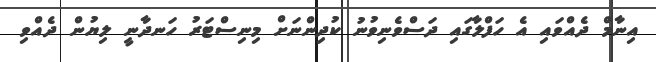
އިނާމް ދެއްވައި އެ ހަފްލާގައި ދަސްވެނިވުނު ކުދިންނަށް މިނިސްޓަރު ހަނދާނީ ލިޔުން ދެއްވި